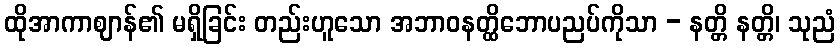
ထိုအာကာဈာန်၏ မရှိခြင်း တည်းဟူသော အဘာဝနတ္ထိဘောပညပ်ကိုသာ - နတ္တိ နတ္တိ၊ သုညံ